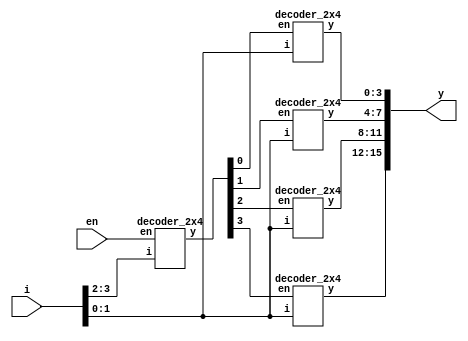
`timescale 1ns / 1ps

module decoder4x16_using_2x4(y,en,i);
output [15:0]y;
input en;
input [3:0]i;

wire [3:0]w;
decoder_2x4 D1(w,en,i[3:2]);
decoder_2x4 D2(y[3:0],w[0],i[1:0]);
decoder_2x4 D3(y[7:4],w[1],i[1:0]);
decoder_2x4 D4(y[11:8],w[2],i[1:0]);
decoder_2x4 D5(y[15:12],w[3],i[1:0]);
endmodule

module decoder_2x4(y,en,i);
output reg[3:0]y;
input en;
input [1:0]i;
always @(*)
begin
if(en)
case(i)
2'b00: y=4'b0001;
2'b01: y=4'b0010;
2'b10: y=4'b0100;
2'b11: y=4'b1000;
endcase
else
y=4'b0000;
end
endmodule